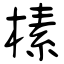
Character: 榡